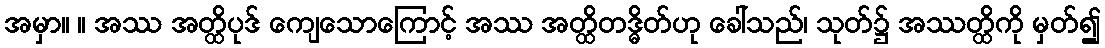
အမှာ။ ။ အဿ အတ္ထိပုဒ် ကျေသောကြောင့် အဿ အတ္ထိတဒ္ဓိတ်ဟု ခေါ်သည်၊ သုတ်၌ အဿတ္ထိကို မှတ်၍